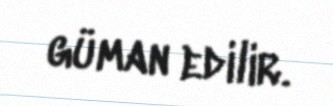
güman edilir.